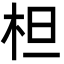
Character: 柦